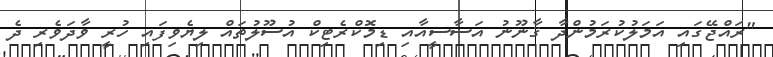
"ރައްޖޭގައި އަމަލުކުރަމުންދާ ޤާނޫނު އަސާސީއާއި ޑިމޮކްރެޓިކް އުސޫލުތައް ލިޔެވިފައި ހުރީ ވާދަވެރި ދެ